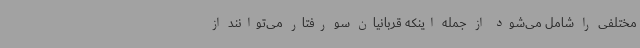
مختلفی را شامل می‌شود از جمله اینکه قربانیان سو رفتار می‌توانند از